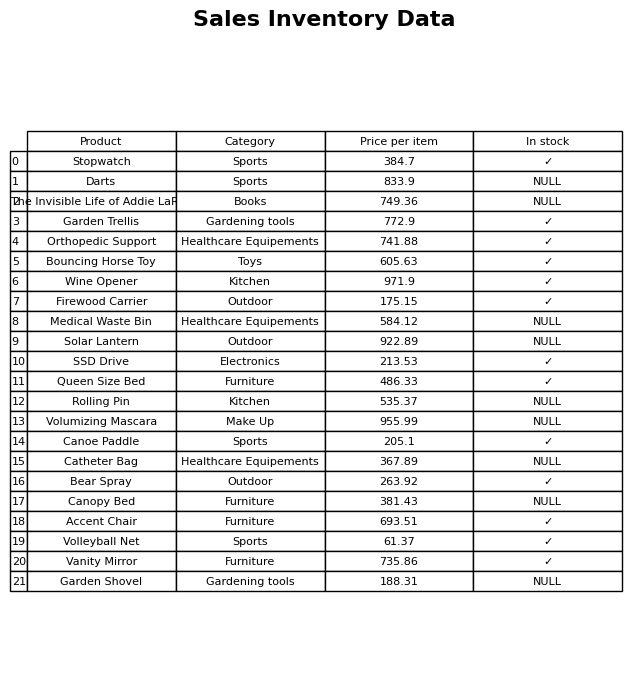
question: What is the price of the Vanity Mirror?
answer: The price of Vanity Mirror is 735.86.